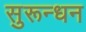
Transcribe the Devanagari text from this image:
सुरून्धन